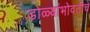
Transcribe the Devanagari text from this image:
डोळ्यांभोवतीचे